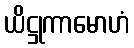
ယိဋ္ဌုကာမောဟံ